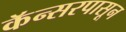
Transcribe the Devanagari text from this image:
कॅन्सरपासून